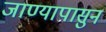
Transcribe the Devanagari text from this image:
जाण्यापासुन